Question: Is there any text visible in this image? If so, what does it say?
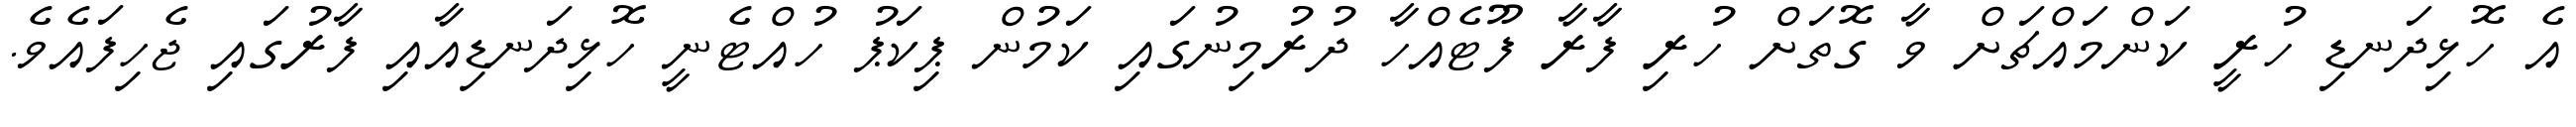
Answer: އެ ހޮޅިދަނޑި ހުރީ ކަންމައްޗަށް ވާ ގޮތަށް ހުރި ފާރާ ފޫޓެއްހާ ދުރުމިނުގައި ކަމުން ޕިކަޕު ހުއްޓެނީ ހޮޅިދަނޑިއާއި ފާރުގައި ޖެހިފައެވެ.